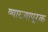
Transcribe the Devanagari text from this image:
व्याख्यापूरक